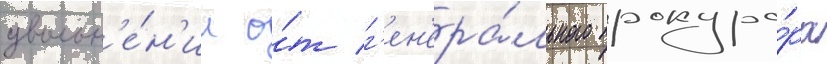
увольн'е́н'ии о́т г'ен'ера́льного прокуро́ра